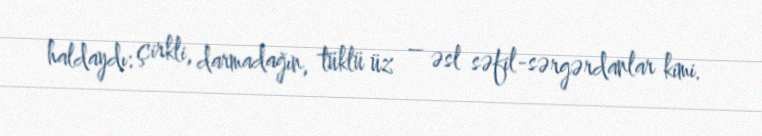
haldaydı: çirkli, darmadağın, tüklü üz – əsl səfil-sərgərdanlar kimi.